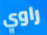
راوي